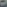
G